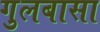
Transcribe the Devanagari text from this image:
गुलबासा